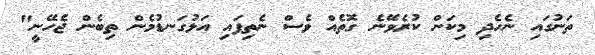
ތަނުގައި ނެހެދި މިކަން ކުރެވޭނެ ގޮތެއް ވެސް ނެތިފައި އަޅުގަނޑުމެން ތިބެން ޖެހޭނީ"